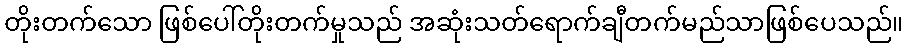
တိုးတက်သော ဖြစ်ပေါ်တိုးတက်မှုသည် အဆုံးသတ်ရောက်ချီတက်မည်သာဖြစ်ပေသည်။